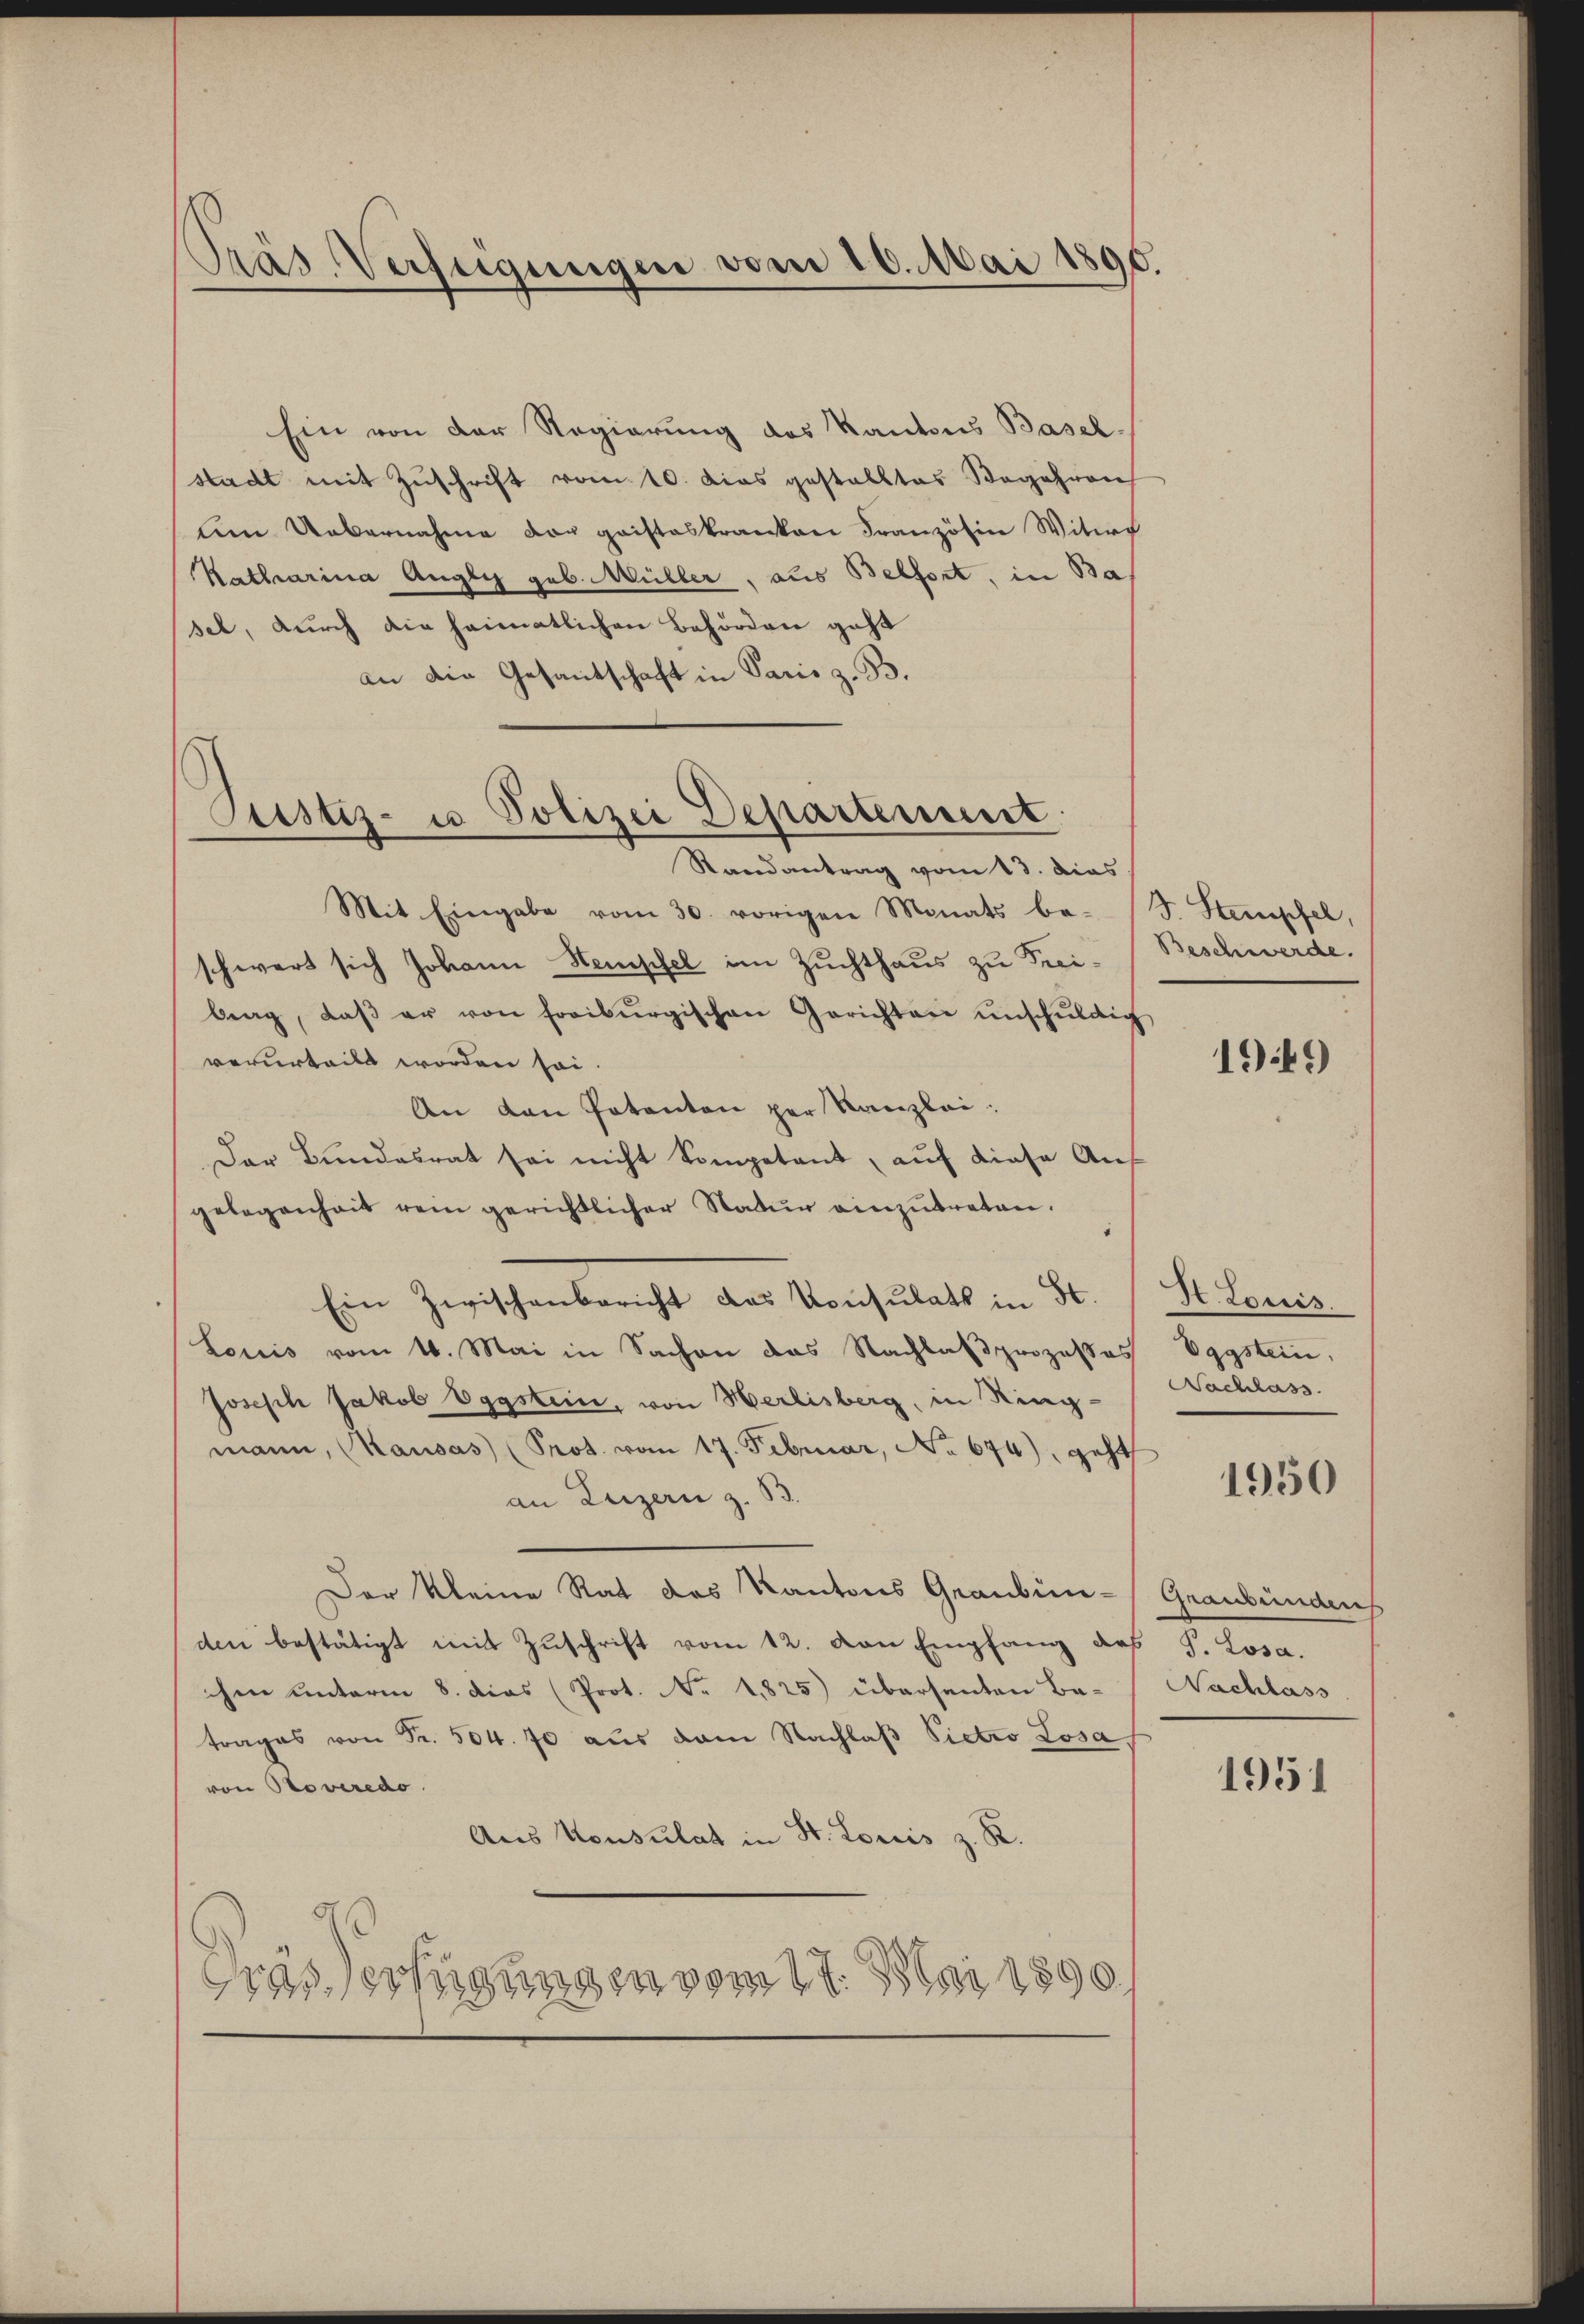
Präs. Verfeigungen vom 20. Mai 1890.

Ein von der Regierung des Kantons Basel-
stadt mit Zuschrift vom 10. Dies gestalltes Begehren
um Uebernahme der gaisteskranken Französin Witwe
Katharina Augly geb. Müller, aus Belfort, in Bas
sel, durch die heimatlichen Behörden geht
an die Gesantschaft in Paris z. B.

Justiz- u Polizei Departement
Randantrag vom 13. dies

Mit Eingabe vom 30. vorigen Monats be- B. Stempfel,
schwert sich Johann Stempfel im Zuchthaus zu Frei-Beschwerde.
brag, daβ er von freiburgischen Gerichten unschŭldig
verurteilt worden sei.
An den Potenten per Kanzlei:
Der Bundesrat sei nicht kompetent, auf diese Angelegenheit rein gerichtlicher Natur einzutreten.
Ein Zwischenbericht das Konsulats in St.
Louis vom 16. Mai in Sachen das Nachlaßprozesses
Joseph Jakob Eggstein, von Herlisberg, in Ringmann, Kausas (Prot. vom 17. Februar, No 674), geht
an Luzern z. B.
Der kleine Rat des Kantons Graubünden bestätigt mit Zuschrift vom 12. von Empfang des J. Losa.
ihen unterm 8. dies (Prot. No. 1825) übersanten Be-
trages von Fr. 504. 70 aus dem Nachlaß Pietro Losa
von Proveredo
Aus Konsulat in St. Louis z. R.
Gras erfügungen vom 17. Mai 1890

1949

St. Louis.
Vggstein,
Nachlass

1950

Graubünden
Nachlass

1951